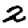
Digit: 2